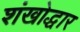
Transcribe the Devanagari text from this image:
शंखोद्धार